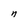
Character: n